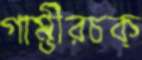
গাম্ভীরচক্